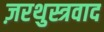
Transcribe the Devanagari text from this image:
ज़रथुस्त्रवाद